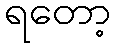
ရတော့